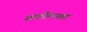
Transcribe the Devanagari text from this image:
शालीलनता